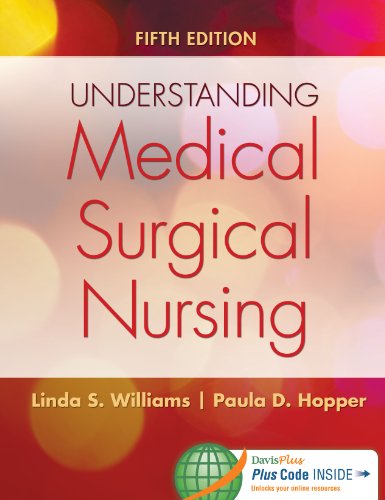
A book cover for Understanding Medical-Surgical Nursing; Linda S. Williams MSN  RN; Medical Books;